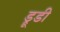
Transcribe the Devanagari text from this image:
ड्रूडी